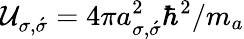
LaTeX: \mathcal{U}_{\sigma,\acute{\sigma}}=4\pi a_{\sigma,\acute{\sigma}}^{2}\hbar^{2}/m_{a}